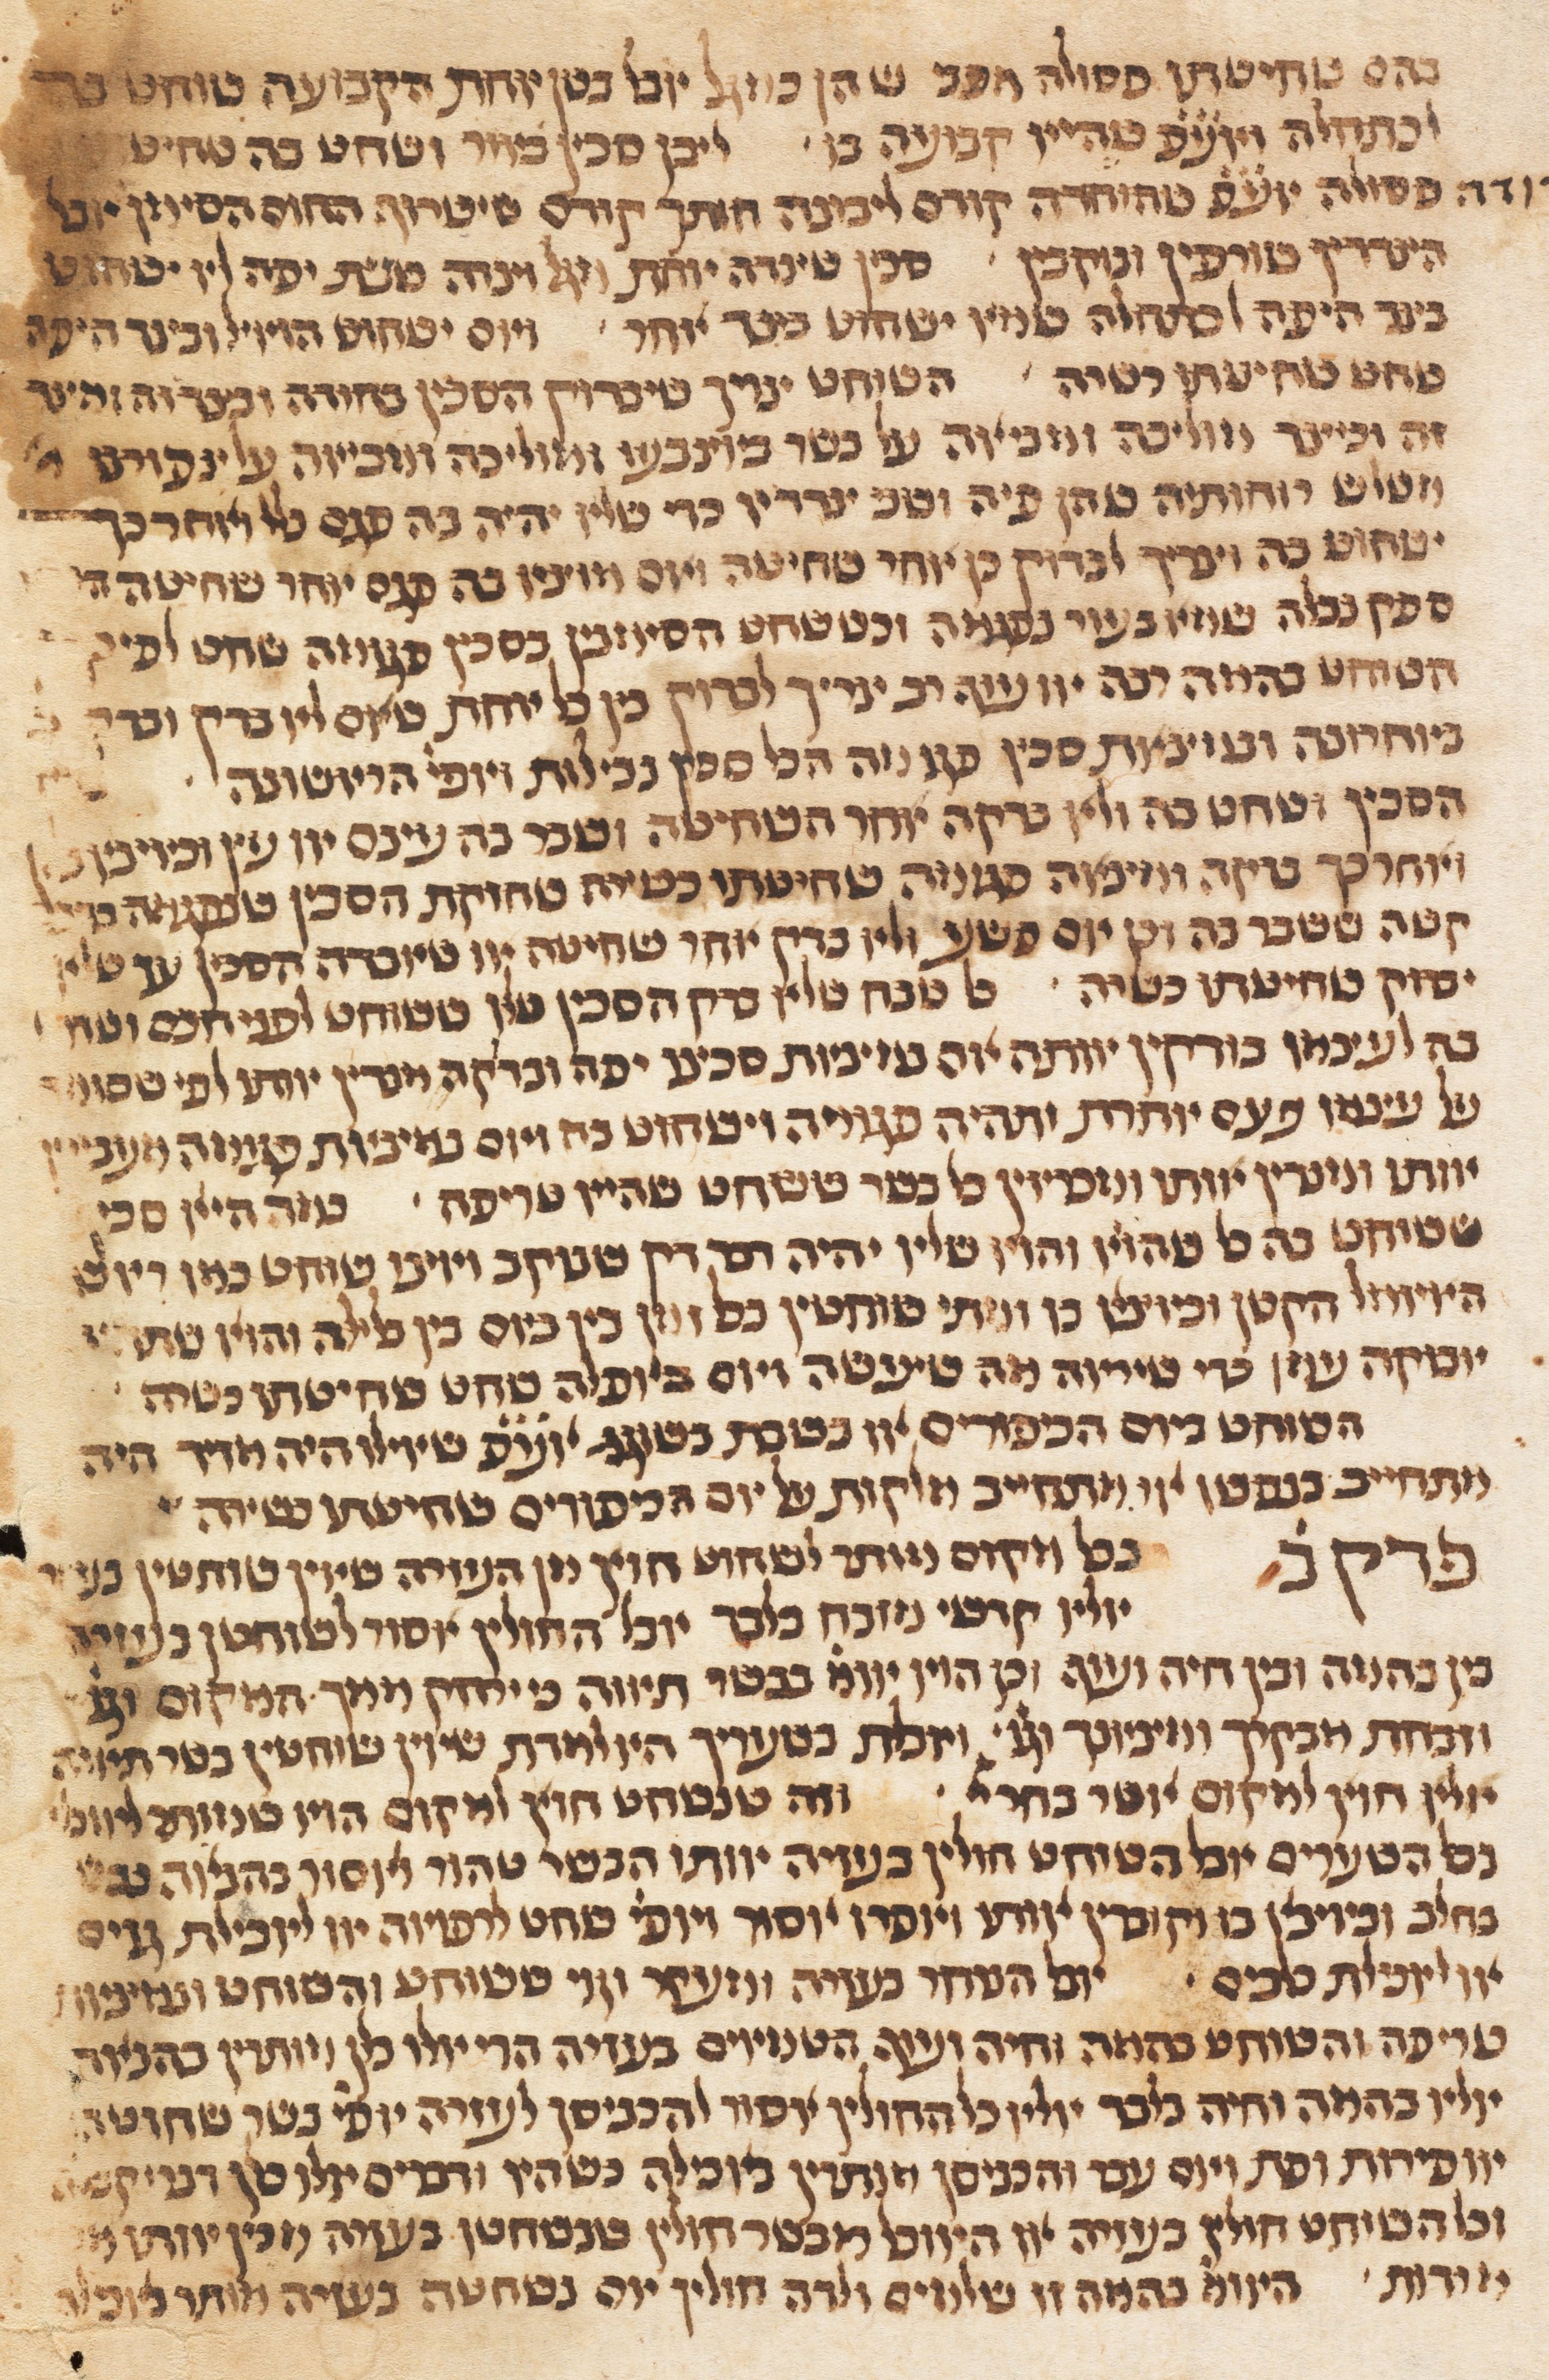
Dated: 1300–1349